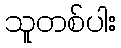
သူတစ်ပါး